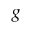
g